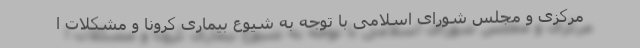
مرکزی و مجلس شورای اسلامی با توجه به شیوع بیماری کرونا و مشکلات ا